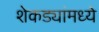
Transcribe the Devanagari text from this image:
शेकड्यांमध्ये